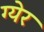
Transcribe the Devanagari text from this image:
ग्येर